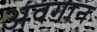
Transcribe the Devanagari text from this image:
अवगान